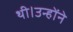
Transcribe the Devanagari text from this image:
थी।उन्होंने